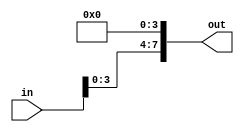
module shiftleft_4bit(in,out);
input [7:0] in;
output [7:0] out;

assign out = {in[3:0],4'b0000};

endmodule